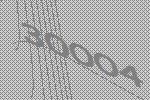
30004